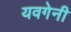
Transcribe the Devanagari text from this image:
यवगेनी